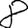
Digit: 8